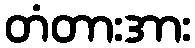
တံတားအား